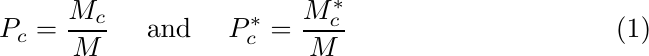
\begin{equation}
	P_{c}=\displaystyle\frac{M_{c}}{M}
	\quad\mbox{ and }\quad
	P^*_{c}=\displaystyle\frac{M^{*}_{c}}{M}
\end{equation}